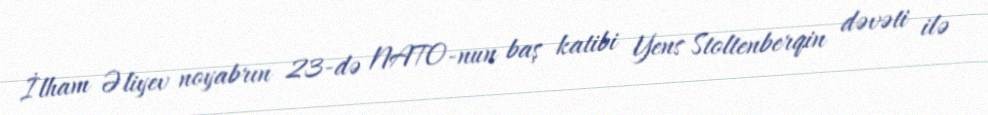
İlham Əliyev noyabrın 23-də NATO-nun baş katibi Yens Stoltenberqin dəvəti ilə